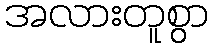
အလားတူစွာ